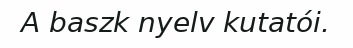
A baszk nyelv kutatói.